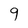
Character: 9